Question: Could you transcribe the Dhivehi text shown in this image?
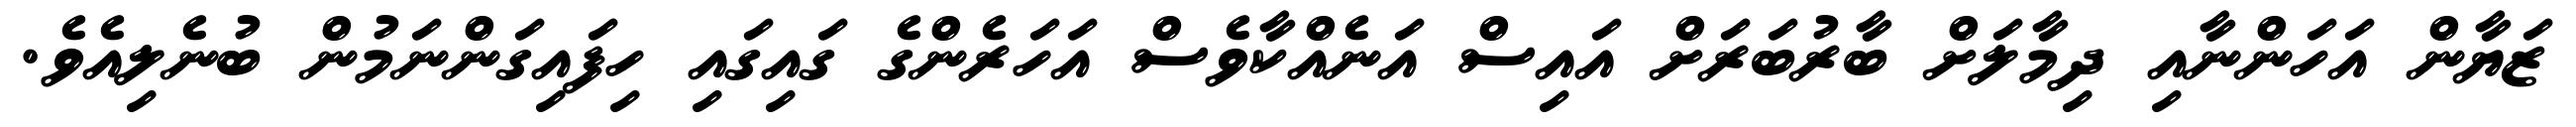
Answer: ޒަޔާން އަހަންނާއި ދިމާލަށް ބާރުބަރަށް އައިސް އަނެއްކާވެސް އަހަރެންގެ ގައިގައި ހިފައިގަންނަމުން ބުނެލިއެވެ.